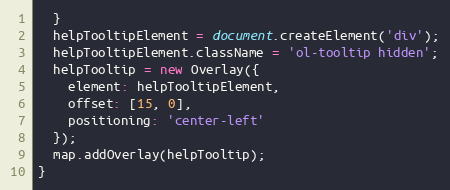
Language: JavaScript
  }
  helpTooltipElement = document.createElement('div');
  helpTooltipElement.className = 'ol-tooltip hidden';
  helpTooltip = new Overlay({
    element: helpTooltipElement,
    offset: [15, 0],
    positioning: 'center-left'
  });
  map.addOverlay(helpTooltip);
}